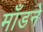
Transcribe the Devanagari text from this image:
माँडने